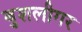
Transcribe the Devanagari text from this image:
बुशलीगर